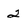
Character: 2